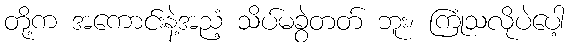
တို့က အကောင်းနဲ့အညံ့ သိပ်မခွဲတတ် ဘူး၊ ကြုံသလိုပဲပေါ့